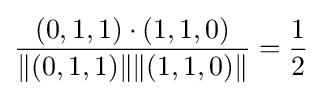
{\frac {(0,1,1)\cdot (1,1,0)}{\Vert (0,1,1)\Vert \Vert (1,1,0)\Vert }}={\frac {1}{2}}